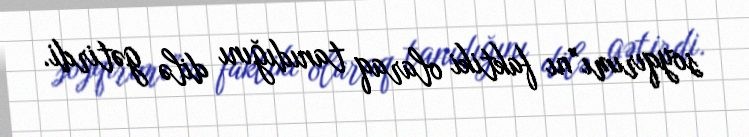
soyqırımı”nı faktiki olaraq tanıdığını dilə gətirdi.